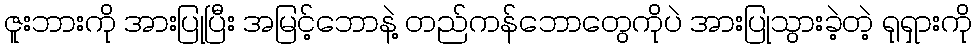
ဇူးဘားကို အားပြုပြီး အမြင့်ဘောနဲ့ တည်ကန်ဘောတွေကိုပဲ အားပြုသွားခဲ့တဲ့ ရုရှားကို